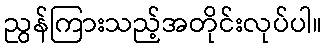
ညွန်ကြားသည့်အတိုင်းလုပ်ပါ။